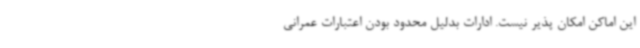
این اماکن امکان پذیر نیست. ادارات بدلیل محدود بودن اعتبارات عمرانی